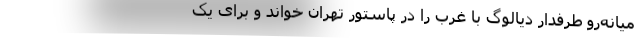
میانه‌رو طرفدار دیالوگ با غرب را در پاستور تهران خواند و برای یک